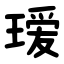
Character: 瑷